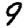
Digit: 9